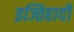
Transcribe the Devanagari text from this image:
इज्तिहादी